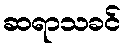
ဆရာသခင်